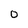
Character: 0